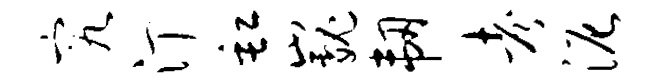
究汀缸巍韧考泥